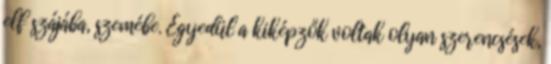
elf szájába, szemébe. Egyedül a kiképzők voltak olyan szerencsések,